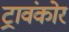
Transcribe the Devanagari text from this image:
ट्रावंकोर